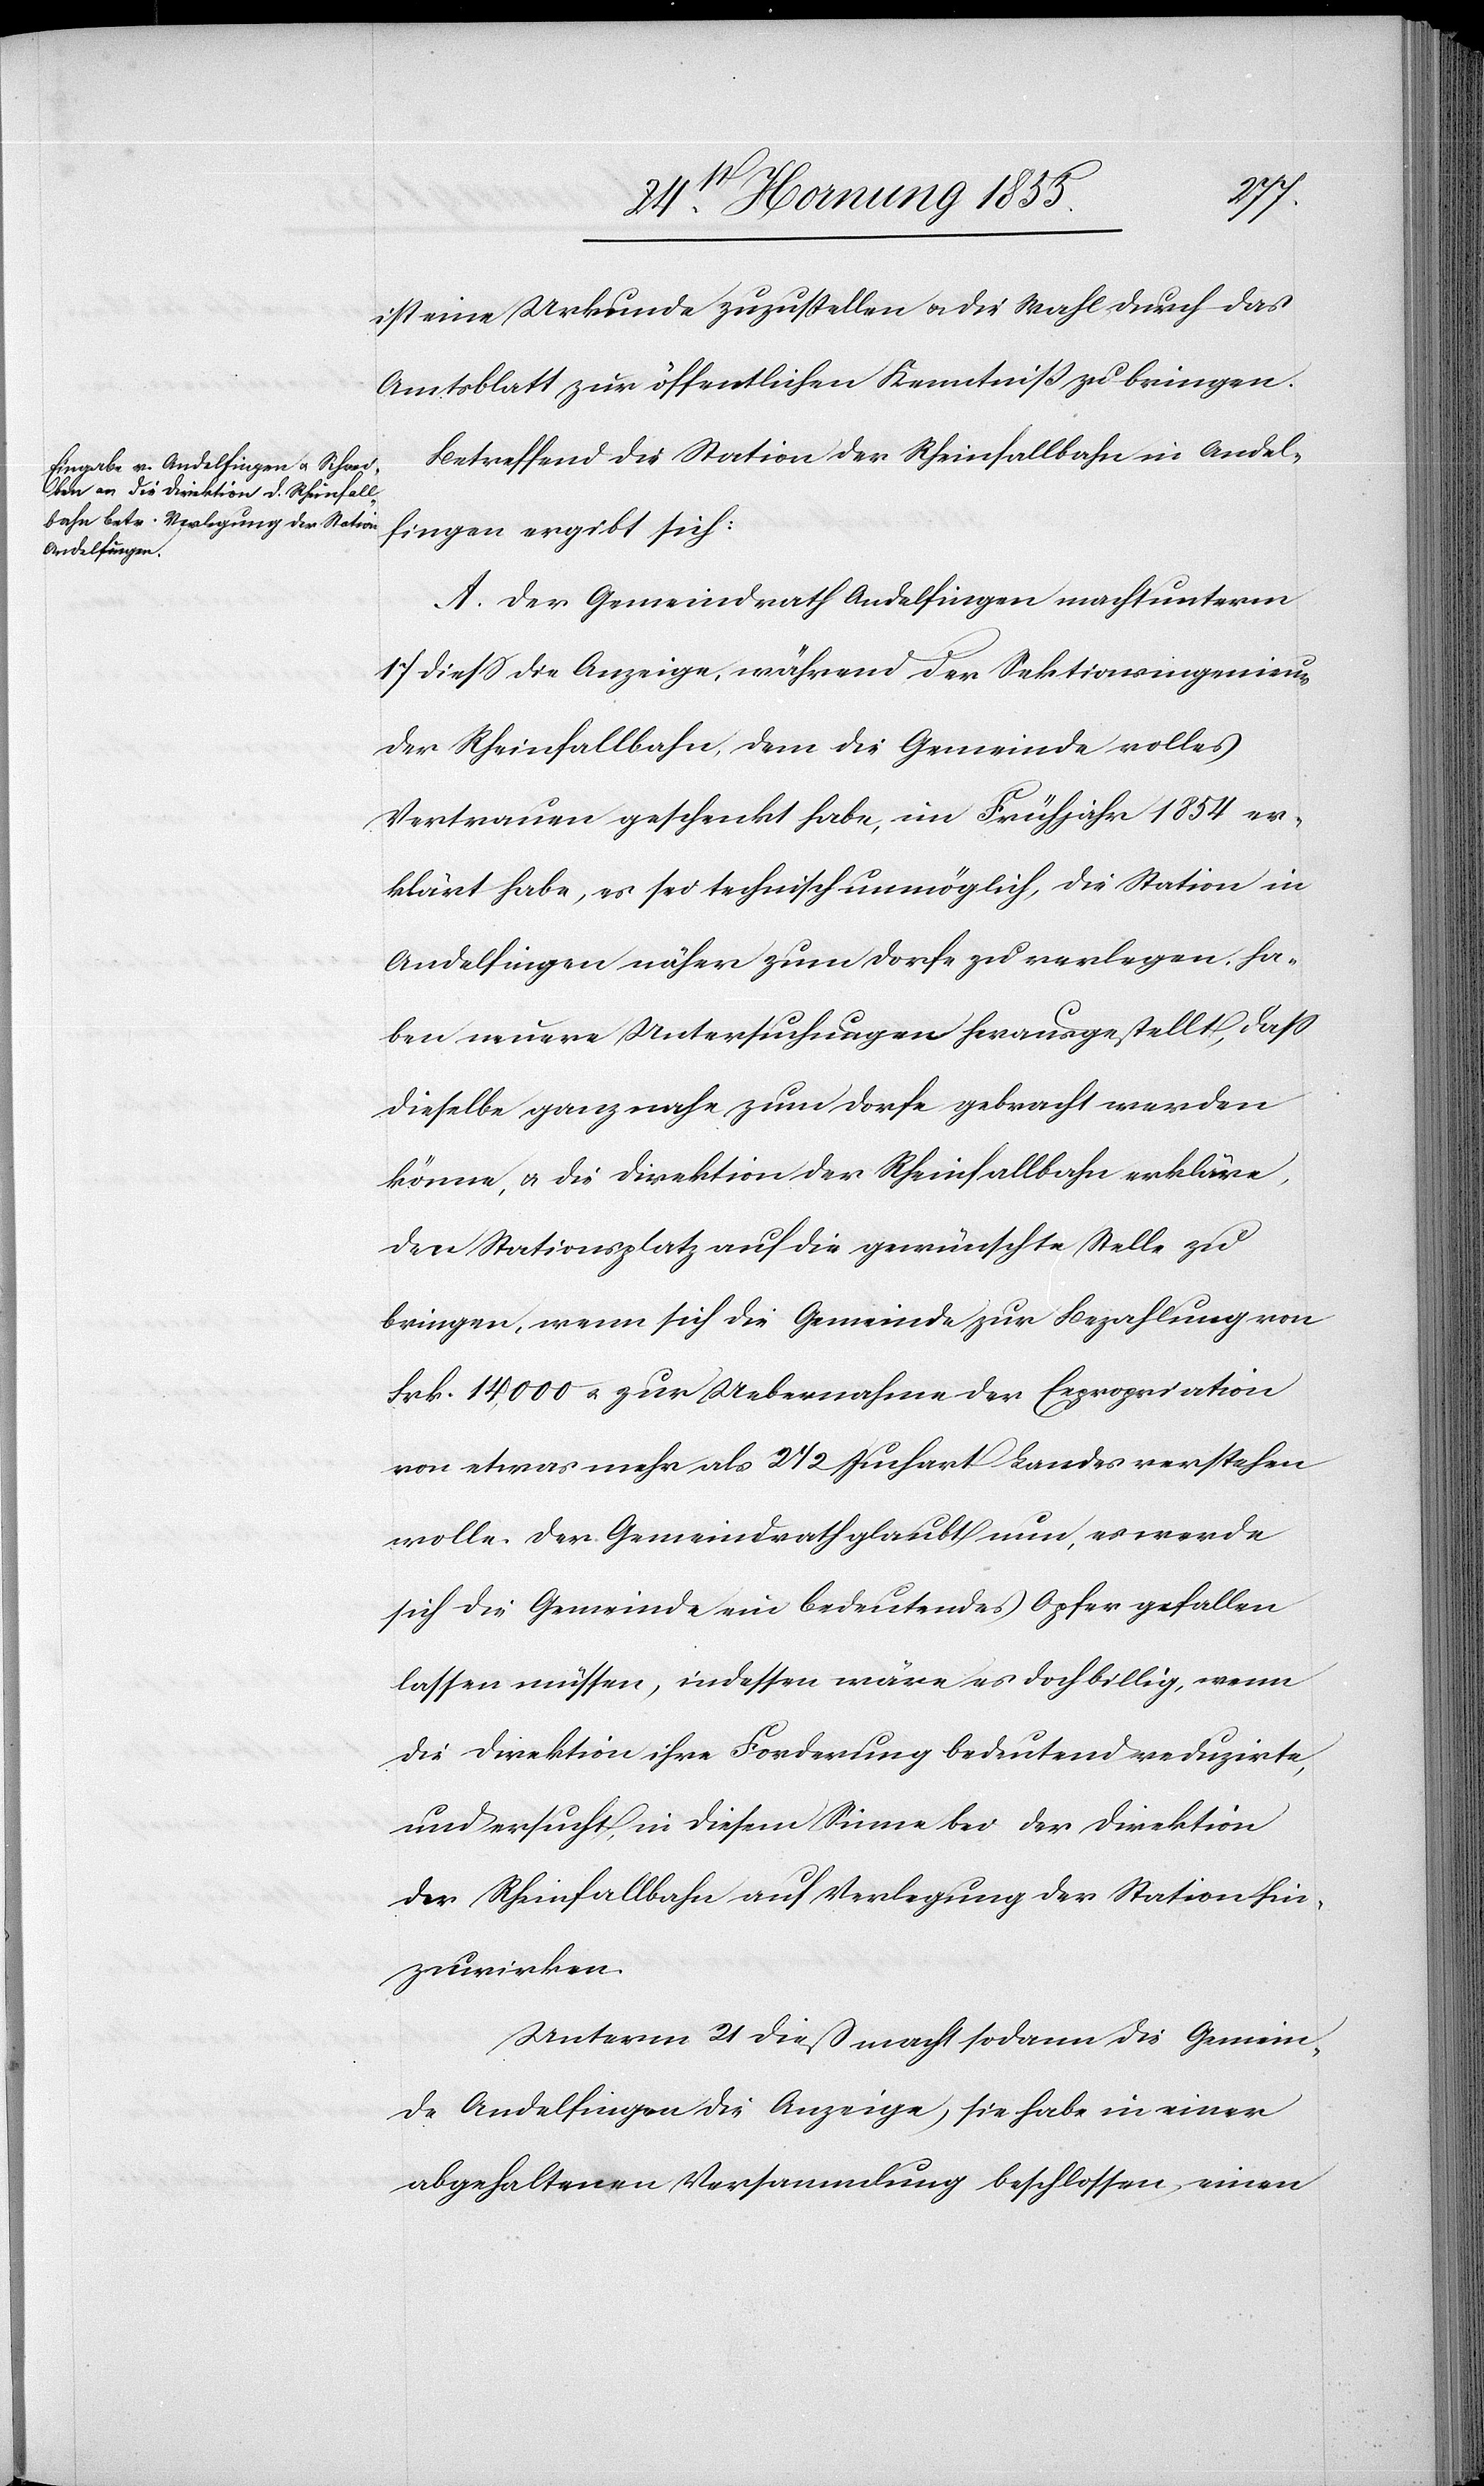
ist eine Urkunde zuzustellen & die Wahl durch das
Amtsblatt zur öffentlichen Kenntniß zu bringen.
Betreffend die Station der Rheinfallbahn in Andel¬
fingen ergibt sich:
A. Der Gemeindrath Andelfingen macht unterm
17 diess die Anzeige, während der Sektionsingenieur
der Rheinfallbahn, dem die Gemeinde volles
Vertrauen geschenkt habe, im Frühjahr 1854 er¬
klärt habe, es sei technisch unmöglich, die Station in
Andelfingen näher zum Dorfe zu verlegen, ha¬
ben neuere Untersuchungen herausgestellt, dass
dieselbe ganz nahe zum Dorfe gebracht werden
könne, & die Direktion der Rheinfallbahn erkläre,
den Stationsplatz auf die gewünschte Stelle zu
bringen, wenn sich die Gemeinde zur Bezahlung von
Frk. 14,000 & zur Uebernahme der Expropriation
von etwas mehr als 2 1/2 Juchart Landes verstehen
wolle. Der Gemeindrath glaubt nun, es werde
sich die Gemeinde ein bedeutendes Opfer gefallen
lassen müssen, indessen wäre es doch billig, wenn
die Direktion ihre Forderung bedeutend reduzirte,
und ersucht, in diesem Sinne bei der Direktion
der Rheinfallbahn auf Verlegung der Station hin¬
zuwirken.
Unterm 21 dieß macht sodann die Gemein¬
de Andelfingen die Anzeige, sie habe in einer
abgehaltenen Versammlung beschlossen, einen